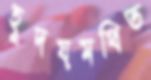
হূদয়মথিত